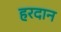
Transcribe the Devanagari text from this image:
हरदान